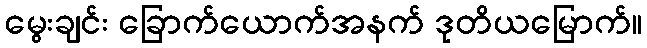
မွေးချင်း ခြောက်ယောက်အနက် ဒုတိယမြောက်။